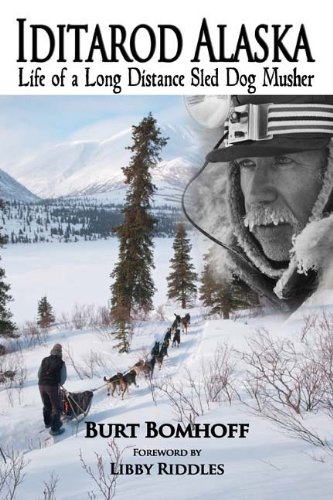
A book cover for Iditarod Alaska; Burt Bomhof; Sports & Outdoors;